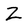
Character: Z